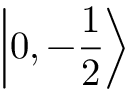
\left| 0 , - { \frac { 1 } { 2 } } \right\rangle